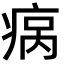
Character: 𬏮